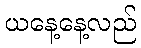
ယနေ့နေ့လည်